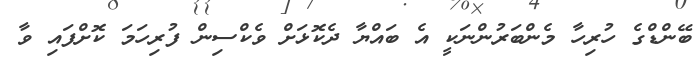
ބޭންޑްގެ ހުރިހާ މެންބަރުންނަކީ އެ ބައްޔާ ދެކޮޅަށް ވެކްސިން ފުރިހަމަ ކޮށްފައި ވާ